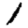
Digit: 1